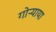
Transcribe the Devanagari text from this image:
गोऱ्याया